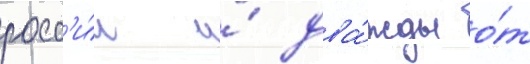
росс'и́и и́ два́жды о́т